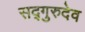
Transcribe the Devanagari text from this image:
सद्गुरुदेव